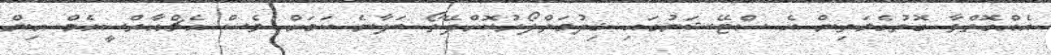
އެއްގޮތްވާ ގޮތުގެމަތިން އެ ސްޓޭޝަނުގައި ޚިދުމަތްފޯރުކޮށްދޭތޯ ބަލާނެ ކަމަށް ވެސް އެޗްއާރްސީއެމް އިން